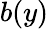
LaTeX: b(y)